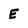
Character: E